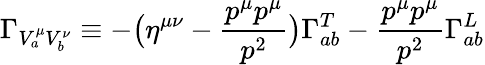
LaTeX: \Gamma_{V_{a}^{\mu}V_{b}^{\nu}}\equiv-\bigl(\eta^{\mu\nu}-{\frac{p^{\mu}p^{\mu}}{p^{2}}}\bigr)\Gamma_{ab}^{T}-{\frac{p^{\mu}p^{\mu}}{p^{2}}}\Gamma_{ab}^{L}